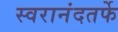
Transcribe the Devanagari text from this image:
स्वरानंदतर्फे